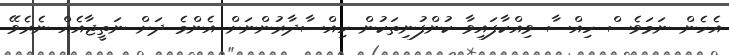
އެހެން ނަމަވެސް ހިއްސާ ވިއްކާފައިވާ ކުންފުނިތަކުން ހިއްސާދާރުންނަށް އެންމެ ދަށް ނަތީޖާއެއް ނެރެވޭ